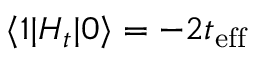
\langle 1 | H _ { t } | 0 \rangle = - 2 t _ { \mathrm { e f f } }